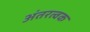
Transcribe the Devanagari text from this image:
अंतरत्‍वक